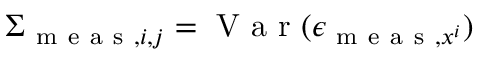
\Sigma _ { \mathrm { ~ m ~ e ~ a ~ s ~ } , i , j } = \mathrm { ~ V ~ a ~ r ~ } ( \epsilon _ { \mathrm { ~ m ~ e ~ a ~ s ~ } , x ^ { i } } )